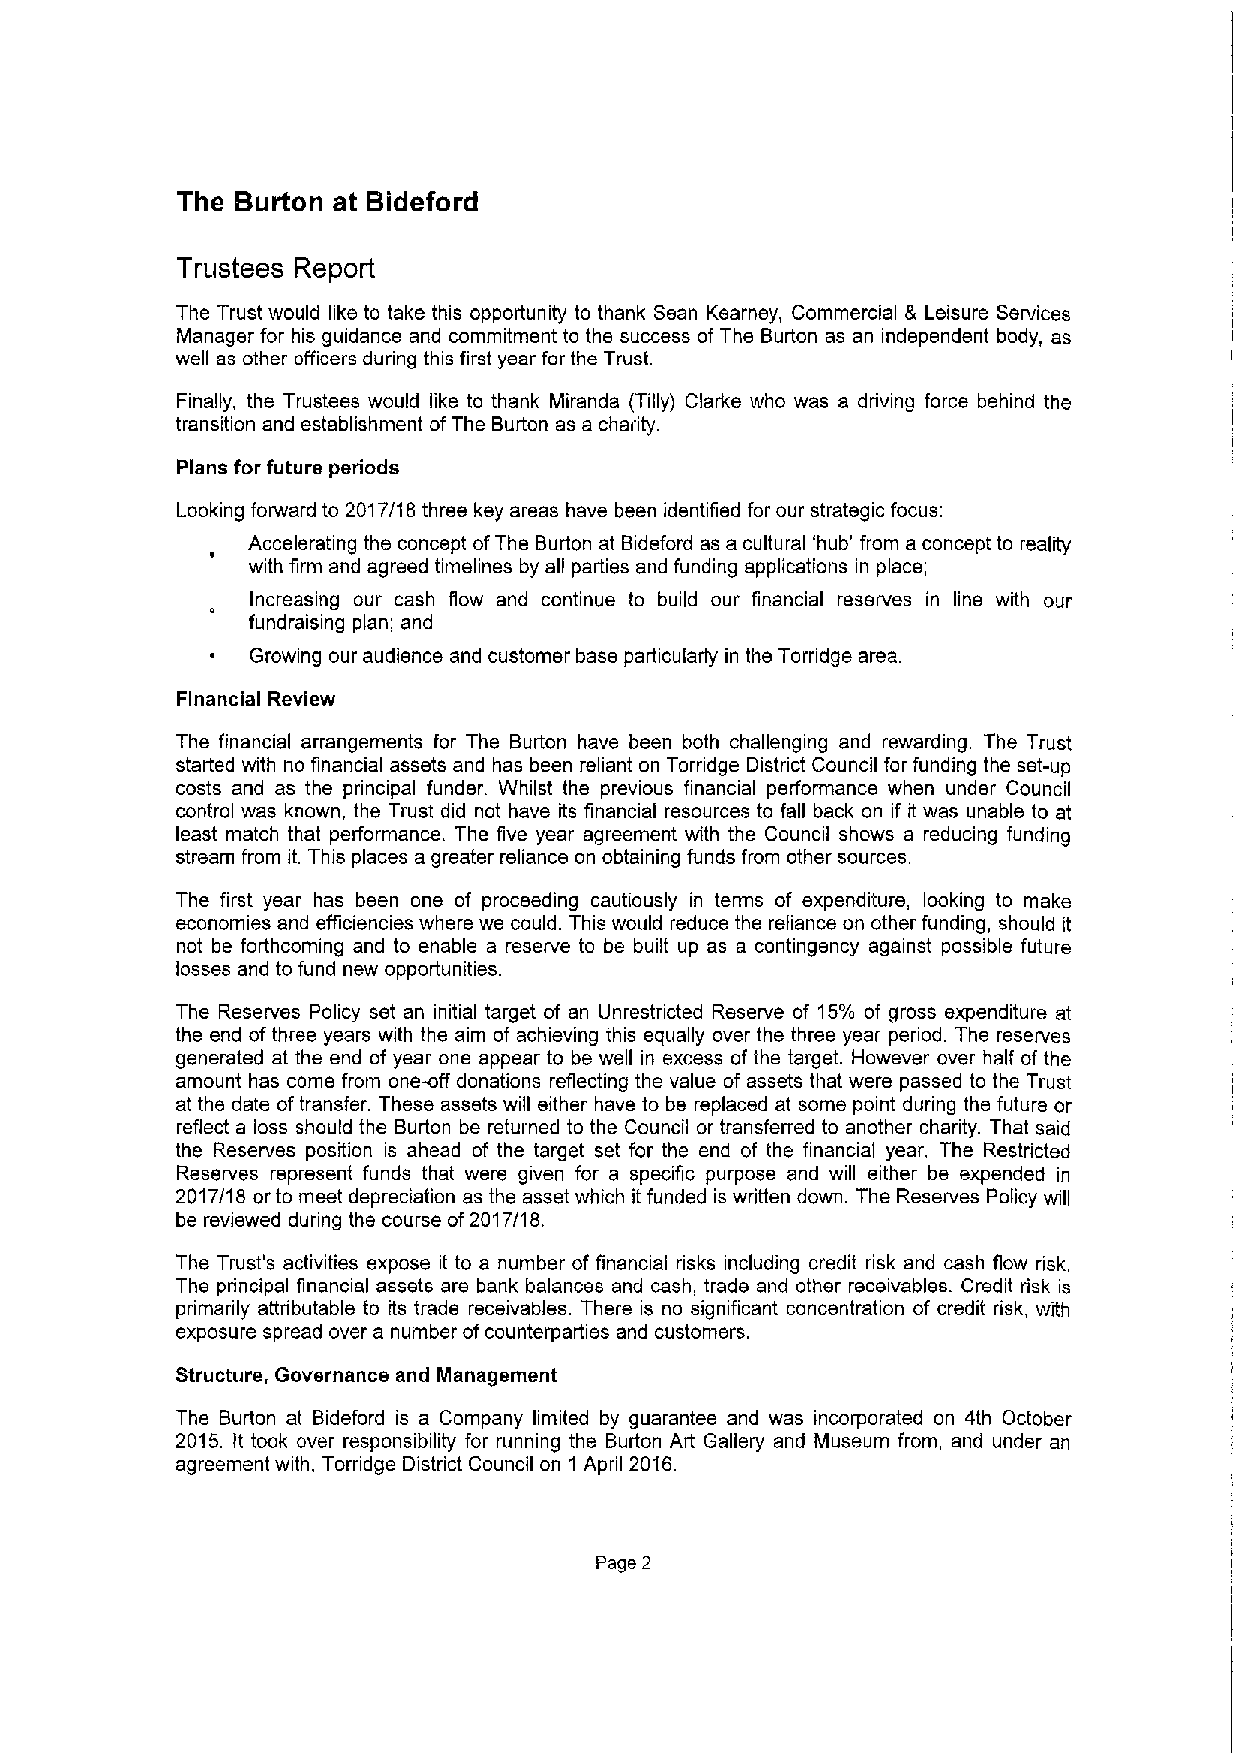
The Burton at Bideford
 Trustees Report
 The Trust would like to take this opportunity to thank Sean Kearney, Commercial & Leisure Services
 Manager for his guidance and commitment to the success of The Burton as an independent body, as
 well as other officers during this first year for the Trust.
 Finally, the Trustees would like to thank Miranda (Tilly) Clarke who was a driving force behind the
 transition and establishment ofThe Burton as a charity.
 Plans for future periods
 Looking forward to 2017/18three key areas have been identified for our strategic focus:
 Accelerating the concept ofThe Burton at Bideford as a cultural 'hub' from a concept to reality
 with firm and agreed timelines by all parties and funding applications in place;
 Increasing our cash flow and continue to build our financial reserves in line with our
 fundraising plan; and
 ~  Growing our audience and customer base particularly in the Torridge area.
 Financial Review
 The financial arrangements for The Burton have been both challenging and rewarding. The Trust
 started with no financial assets and has been reliant on Torridge District Council for funding the set-up
 costs and as the principal funder. Whilst the previous financial performance when under Council
 control was known, the Trust did not have its financial resources to fall back on if it was unable to at
 least match that performance. The five year agreement with the Council shows a reducing funding
 stream from it. This places a greater reliance on obtaining funds from other sources.
 The first year has been one of proceeding cautiously in terms of expenditure, looking to make
 economies and efficiencies where we could. This would reduce the reliance on other funding, should it
 not be forthcoming and to enable a reserve to be built up as a contingency against possible future
 losses and to fund new opportunities.
 The Reserves Policy set an initial target of an Unrestncted Reserve of 15% of gross expenditure at
 the end ofthree years with the aim of achieving this equally over the three year period. The reserves
 generated at the end of year one appear to be well in excess of the target. However over half of the
 amount has come from one-off donations reflecting the value of assets that were passed to the Trust
 at the date oftransfer. These assets will either have to be replaced at some point during the future or
 reflect a loss should the Burton be returned to the Council or transferred to another charity. That said
 the Reserves position is ahead of the target set for the end of the financial year. T'he Restricted
 Reserves represent funds that were given for a specific purpose and will either be expended in
 2017/18 or to meet depreciation as the asset which it funded is written down. The Reserves Policy will
 be reviewed during the course of2017/18.
 The Trust's activities expose it to a number of financial risks including credit risk and cash flow risk,
 The principal financial assets are bank balances and cash, trade and other receivables. Credit risk is
 primarily attributable to its trade receivables. There is no significant concentration of credit risk, with
 exposure spread over a number ofcounterparties and customers.
 Structure, Governance and Management
 The Burton at Bideford is a Company limited by guarantee and was incorporated on 4th October
 2015. It took over responsibility for running the Burton Art Gallery and Museum from, and under an
 agreement with, Torridge District Council on 1 April 2016.
 Page 2